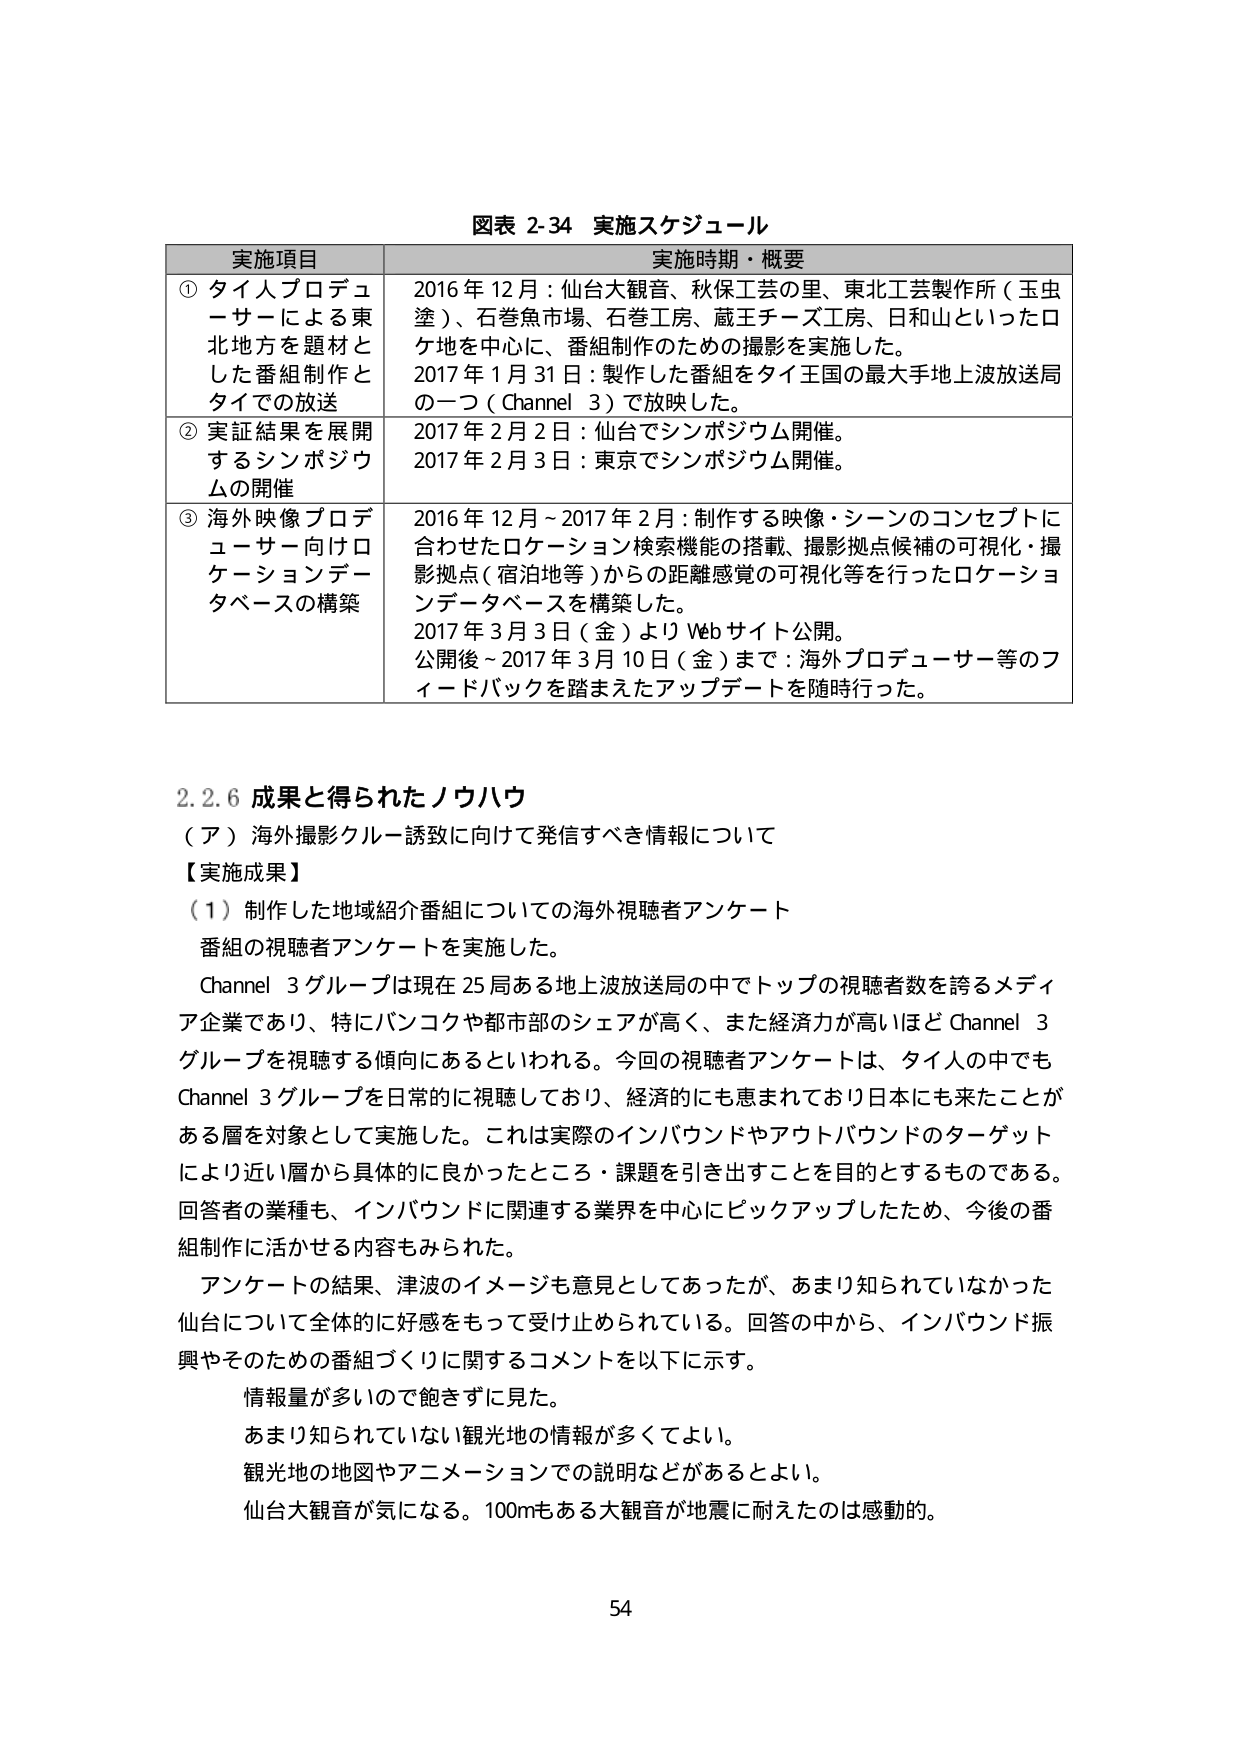
図表 2-34 実施スケジュール

実施項目 実施時期・概要

① タイ人プロデューサーによる東北地方を題材とした番組制作とタイでの放送
2016年12月：仙台大観音、秋保工芸の里、東北工芸製作所（玉虫塗）、石巻魚市場、石巻工房、蔵王チーズ工房、日和山といったロケ地を中心に、番組制作のための撮影を実施した。
2017年1月31日：製作した番組をタイ王国の最大手地上波放送局の一つ（Channel 3）で放映した。

② 実証結果を展開するシンポジウムの開催
2017年2月2日：仙台でシンポジウム開催。
2017年2月3日：東京でシンポジウム開催。

③ 海外映像プロデューサー向けロケーションデータベースの構築
2016年12月～2017年2月：制作する映像・シーンのコンセプトに合わせたロケーション検索機能の搭載、撮影拠点候補の可視化・撮影拠点（宿泊地等）からの距離感覚の可視化等を行ったロケーションデータベースを構築した。
2017年3月3日（金）よりWebサイト公開。
公開後～2017年3月10日（金）まで：海外プロデューサー等のフィードバックを踏まえたアップデートを随時行った。

2.2.6 成果と得られたノウハウ

（ア）海外撮影クルー誘致に向けて発信すべき情報について

【実施成果】

（1）制作した地域紹介番組についての海外視聴者アンケート
番組の視聴者アンケートを実施した。
Channel 3グループは現在25局ある地上波放送局の中でトップの視聴者数を誇るメディア企業であり、特にバンコクや都市部のシェアが高く、また経済力が高いほどChannel 3グループを視聴する傾向にあるといわれる。今回の視聴者アンケートは、タイ人の中でもChannel 3グループを日常的に視聴しており、経済的にも恵まれており日本にも来たことがある層を対象として実施した。これは実際のインバウンドやアウトバウンドのターゲットにより近い層から具体的に良かったところ・課題を引き出すことを目的とするものである。回答者の業種も、インバウンドに関連する業界を中心にピックアップしたため、今後の番組制作に活かせる内容もみられた。
アンケートの結果、津波のイメージも意見としてあったが、あまり知られていなかった仙台について全体的に好感をもって受け止められている。回答の中から、インバウンド振興やそのための番組づくりに関するコメントを以下に示す。
情報量が多いので飽きずに見た。
あまり知られていない観光地の情報が多くてよい。
観光地の地図やアニメーションでの説明などがあるとよい。
仙台大観音が気になる。100mもある大観音が地震に耐えたのは感動的。

54